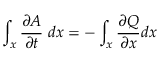
\int _ { x } { \frac { \partial A } { \partial t } } \; d x = - \int _ { x } { \frac { \partial Q } { \partial x } } d x